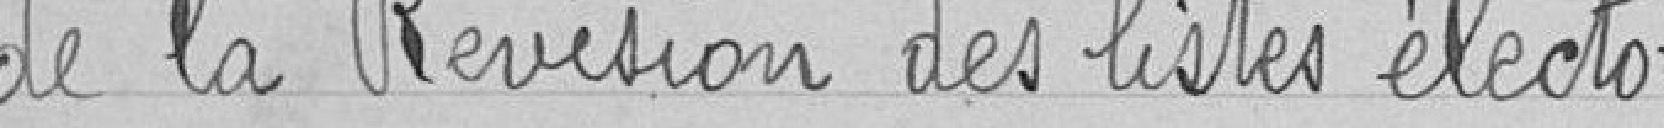
de la Révision des listes électo-